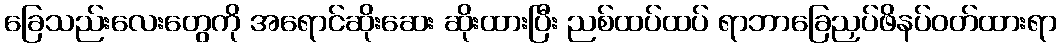
ခြေသည်းလေးတွေကို အရောင်ဆိုးဆေး ဆိုးထားပြီး ညစ်ထပ်ထပ် ရာဘာခြေညှပ်ဖိနပ်ဝတ်ထားရာ